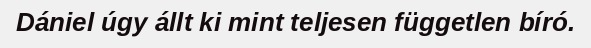
Dániel úgy állt ki mint teljesen független bíró.